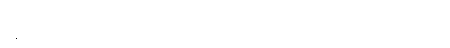
မန္တလေးအ ခြေစိုက် သဘာဝပတ်ဝန်းကျင်ဆိုင်ရာ တက်ကြွ လှုပ်ရှားသူများ ဖြစ်ပါတယ်။